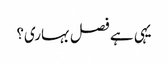
یہی ہے فصل بہاری؟